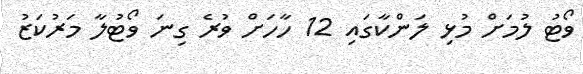
ވޯޓު ލުމަށް މުޅި ލަންކާގައި 12 ހާހަށް ވުރެ ގިނަ ވޯޓުލާ މަރުކަޒު